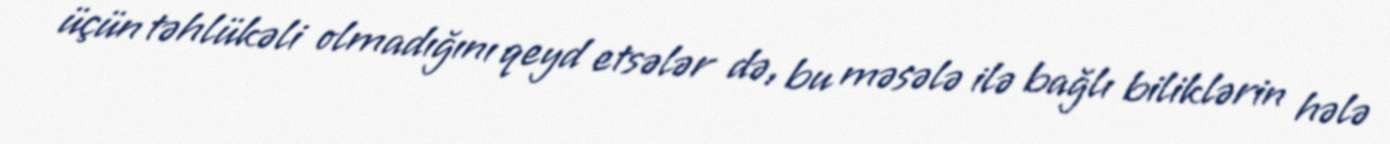
üçün təhlükəli olmadığını qeyd etsələr də, bu məsələ ilə bağlı biliklərin hələ